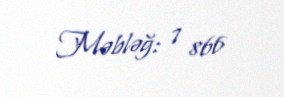
Məbləğ: 7 866